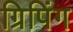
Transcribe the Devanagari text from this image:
ग्रिपिंग